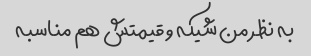
به نظر من شیکه و قیمتش هم مناسبه